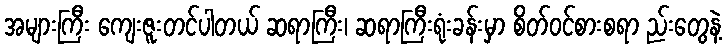
အများကြီး ကျေးဇူးတင်ပါတယ် ဆရာကြီး၊ ဆရာကြီးရုံးခန်းမှာ စိတ်ဝင်စားစရာ ည်းတွေနဲ့